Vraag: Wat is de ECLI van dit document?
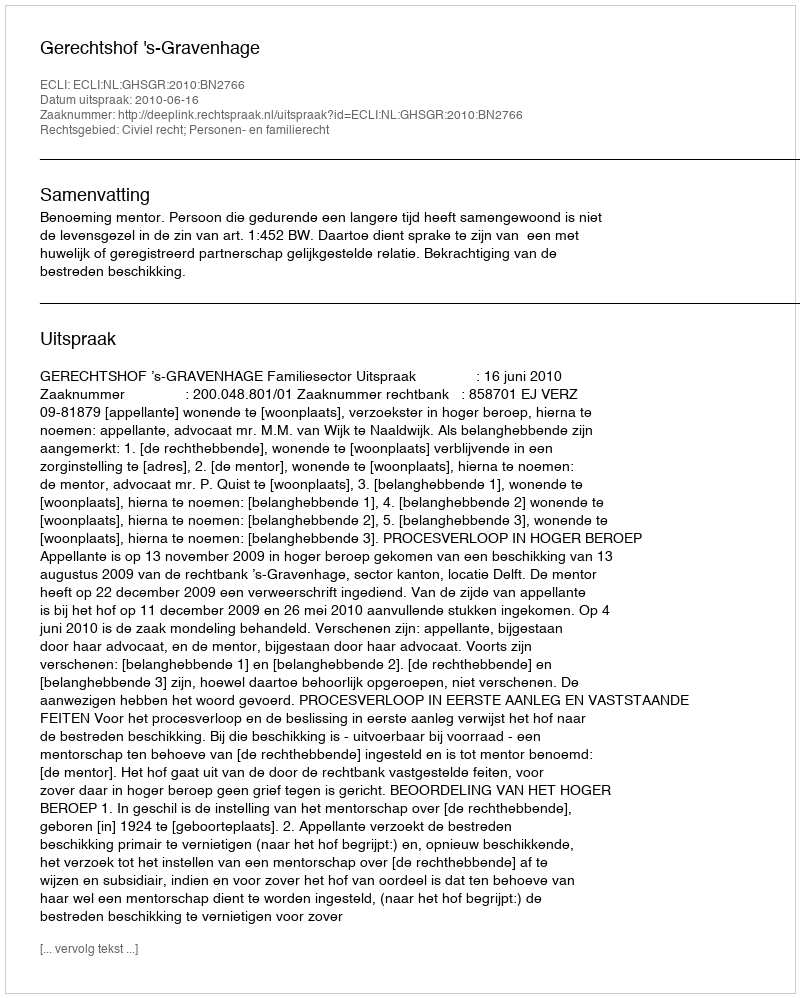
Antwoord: ECLI:NL:GHSGR:2010:BN2766